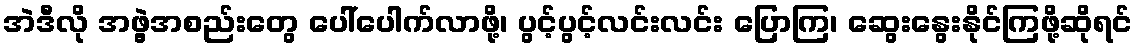
အဲဒီလို အဖွဲ့အစည်းတွေ ပေါ်ပေါက်လာဖို့၊ ပွင့်ပွင့်လင်းလင်း ပြောကြ၊ ဆွေးနွေးနိုင်ကြဖို့ဆိုရင်